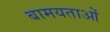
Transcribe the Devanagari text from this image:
बामयताओं